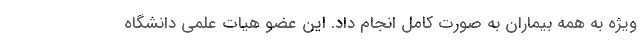
ویژه به همه بیماران به صورت کامل انجام داد. این عضو هیات علمی دانشگاه